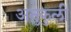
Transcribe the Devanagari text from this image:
अनुकुली